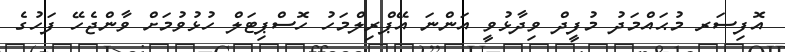
އޮފިސަރ މުޙައްމަދު މުފީދް ވިދާޅުވީ އަންނަ އޭޕްރިލްމަހު ހޮސްޕިޓަލް ހުޅުވުމަށް ވާންޖެހޭ ފަހުގެ